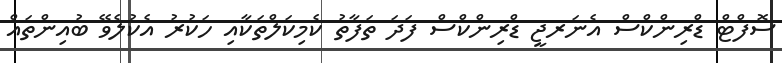
ސޮފްޓް ޑްރިންކްސް އެނަރޖީ ޑްރިންކްސް ފަދަ ތަފާތު ކެމިކަލްތަކާއި ހަކުރު އެކުލެވޭ ބުއިންތައް